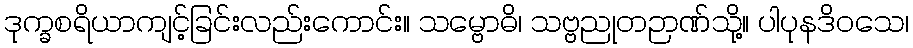
ဒုက္ခစရိယာကျင့်ခြင်းလည်းကောင်း။ သမ္ဗောဓိ၊ သဗ္ဗညုတဉာဏ်သို့။ ပါပုနဒိဝသေ၊